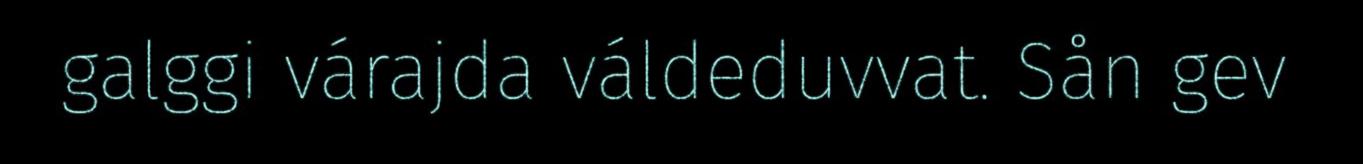
galggi várajda váldeduvvat. Sån gev